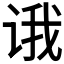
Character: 𰵮